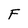
Character: F